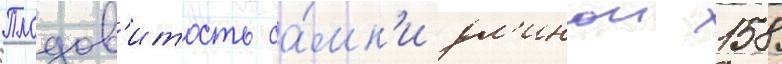
Плодов'итость са́мк'и дл'инои 158